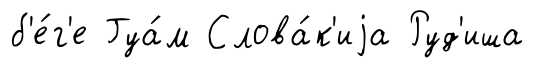
б'е́г'е Гуа́м Слова́к'иjа Руд'иша